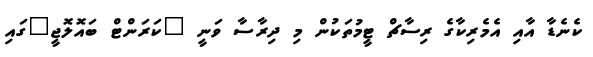
ކެނެޑާ އާއި އެމެރިކާގެ ރިސާޗް ޓީމުތަކުން މި ދިރާސާ ވަނީ "ކަރަންޓް ބައޮލޮޖީ"ގައި